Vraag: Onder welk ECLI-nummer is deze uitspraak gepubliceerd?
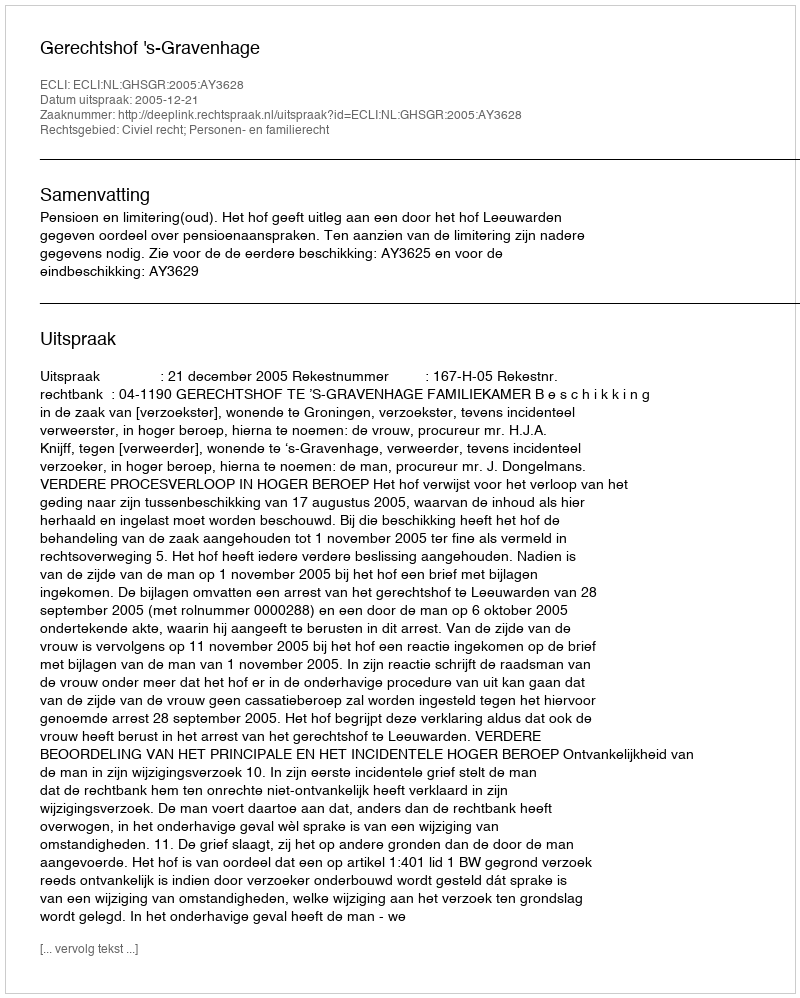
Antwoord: ECLI:NL:GHSGR:2005:AY3628